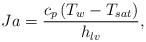
LaTeX: \begin{align*}Ja = \frac{{{c_p}\left( {{T_w} - {T_{sat}}} \right)}}{{{h_{lv}}}},\end{align*}